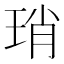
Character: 琑